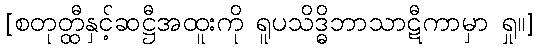
[စတုတ္ထီနှင့်ဆဋ္ဌီအထူးကို ရူပသိဒ္ဓိဘာသာဋီကာမှာ ရှု။]